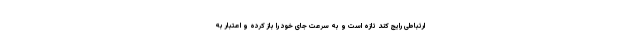
ارتباطی رایج کند تازه است و به سرعت جای خود را باز کرده و اعتبار به